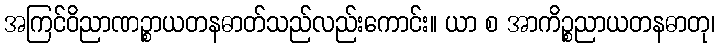
အကြင်ဝိညာဏဉ္စာယတနဓာတ်သည်လည်းကောင်း။ ယာ စ အာကိဉ္စညာယတနဓာတု၊